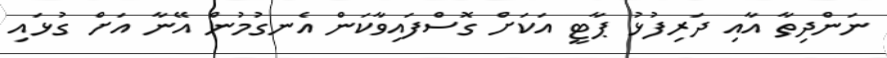
ނަންދިތާ އާއި ދަރިފުޅު ޕާޓީ އަކަށް ގޮސްފައިވާކަން އެނގުމުން އޭނާ އަށް ގުޅައި